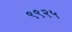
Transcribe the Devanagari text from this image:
९९२५